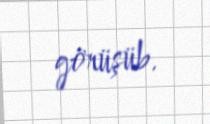
görüşüb.